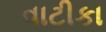
વાટીકા